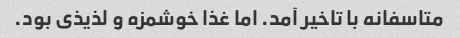
متاسفانه با تاخیر آمد. اما غذا خوشمزه و لذیذی بود.